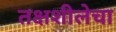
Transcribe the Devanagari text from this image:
तक्षशीलेचा